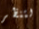
لتنظر